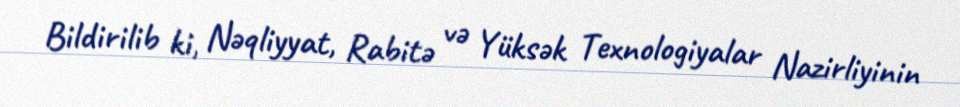
Bildirilib ki, Nəqliyyat, Rabitə və Yüksək Texnologiyalar Nazirliyinin